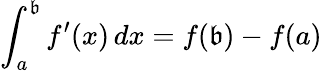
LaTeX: \int_{a}^{\mathfrak{b}}f^{\prime}(x)\, dx=f(\mathfrak{b})-f(a)